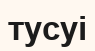
тусуі